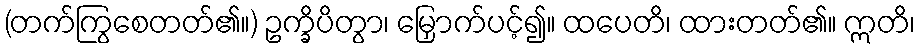
(တက်ကြွစေတတ်၏။) ဥက္ခိပိတွာ၊ မြှောက်ပင့်၍။ ထပေတိ၊ ထားတတ်၏။ ဣတိ၊